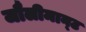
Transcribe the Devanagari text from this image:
जौलीमान्‍ट